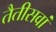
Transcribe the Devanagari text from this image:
तैतीसवां